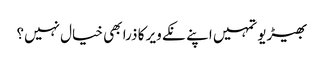
بھیڑیو تمہیں اپنے نکے ویر کا ذرا بھی خیال نہیں؟